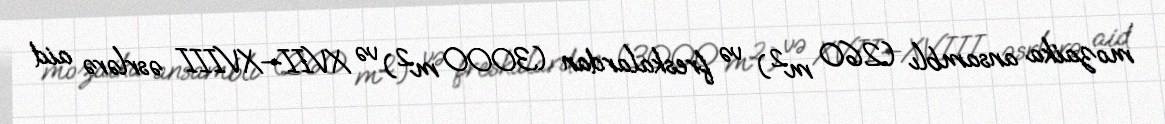
mozaika ansamblı (260 m²) və freskalardan (3000 m²) və XVII—XVIII əsrlərə aid